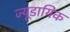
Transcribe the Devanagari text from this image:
ज्यूडायिक